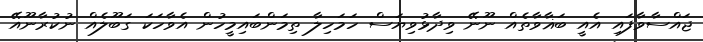
ޖައްސާވާފައި އެއީ ބަޣާވާތެއް ނޫނޭ ވިދާޅުވިޔަސް ހަމަހިލާ ތިމަންބައިމީހުން އެވާހަކަ ގަބޫލެއް ނުކުރާނޫއޭ